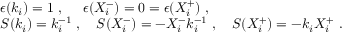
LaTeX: \begin{array} { l } { { \epsilon ( k _ { i } ) = 1 ~ , ~ ~ ~ ~ \epsilon ( X _ { i } ^ { - } ) = 0 = \epsilon ( X _ { i } ^ { + } ) ~ , } } \\ { { S ( k _ { i } ) = k _ { i } ^ { - 1 } ~ , ~ ~ ~ S ( X _ { i } ^ { - } ) = - X _ { i } ^ { - } k _ { i } ^ { - 1 } ~ , ~ ~ ~ S ( X _ { i } ^ { + } ) = - k _ { i } X _ { i } ^ { + } ~ . } } \end{array}